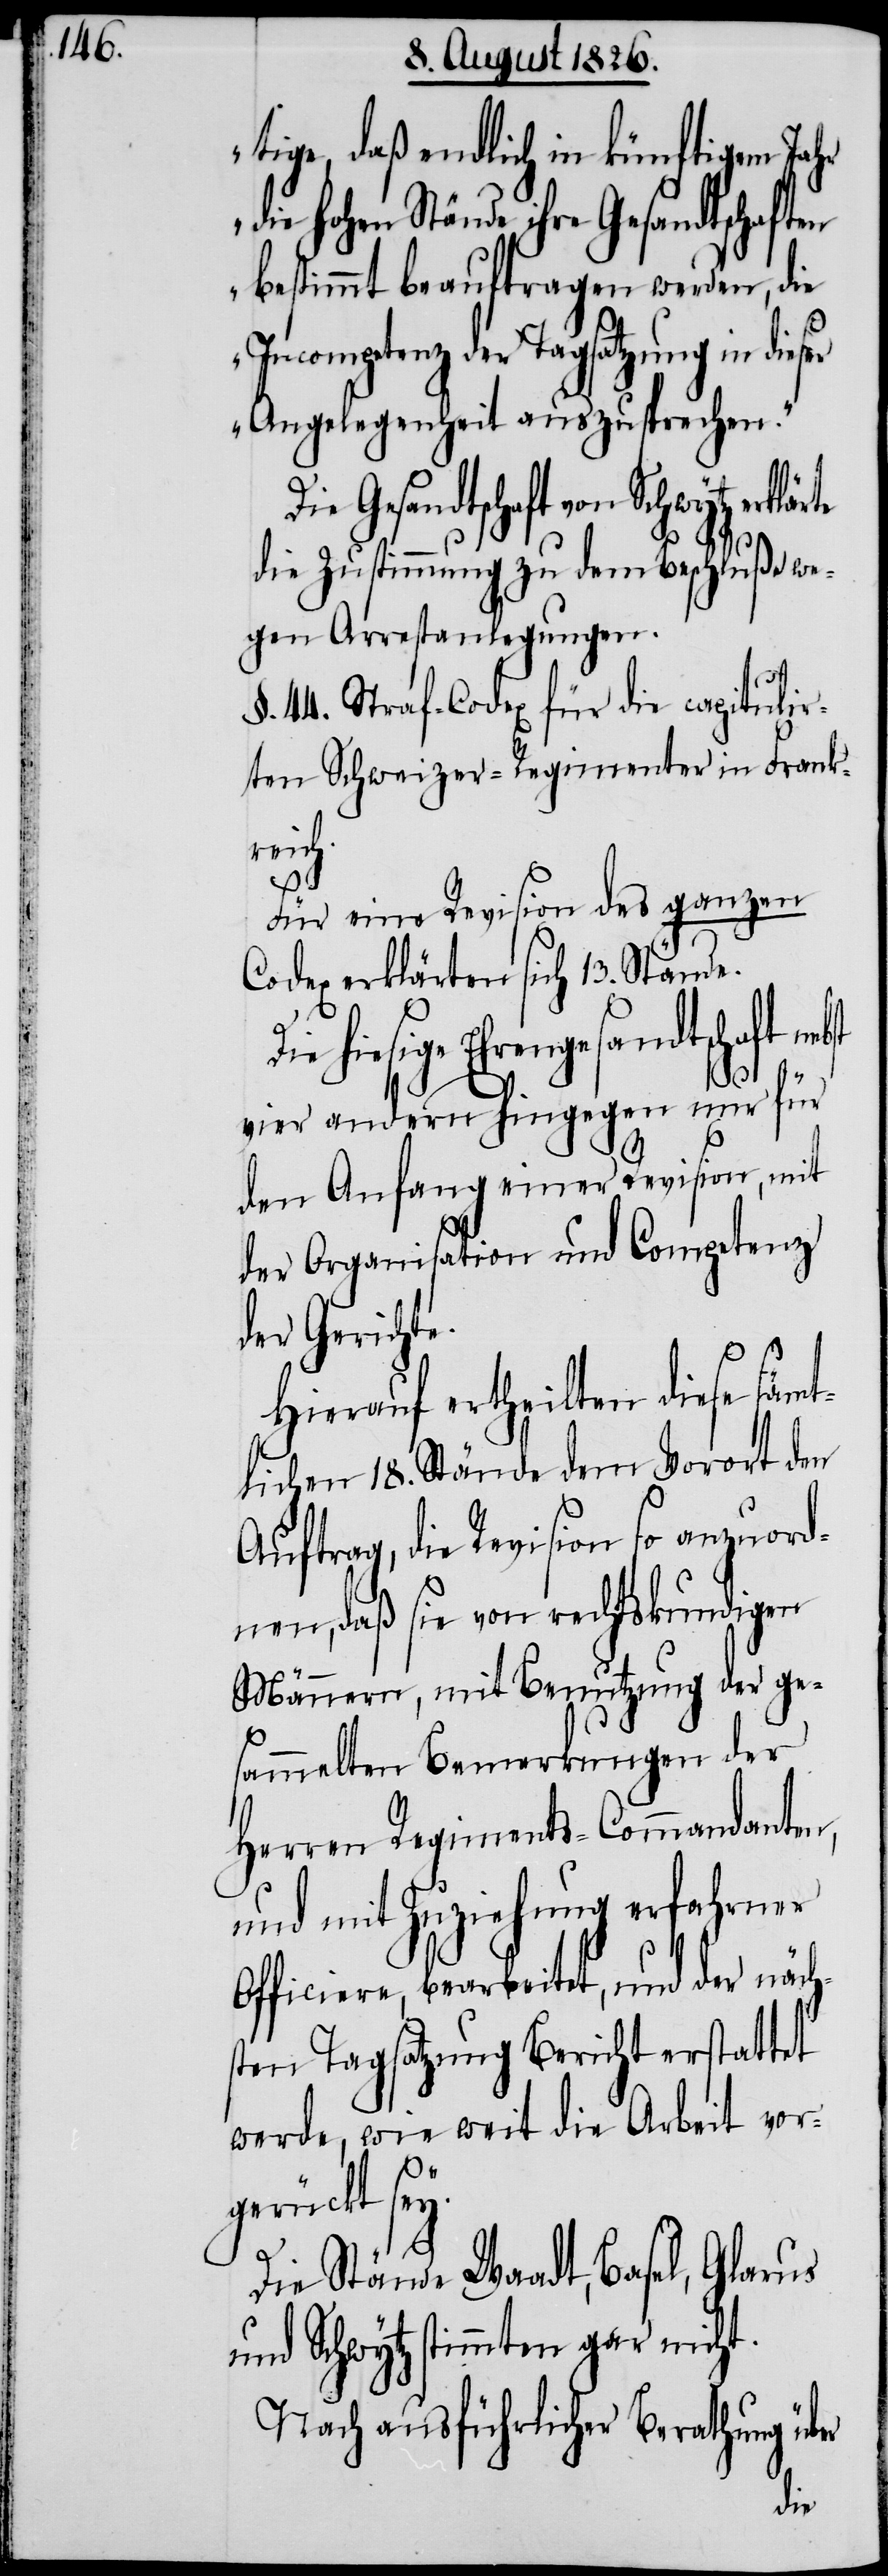
tige, daß endlich in künftigem Jahr
die hohen Stände ihre Gesandtschaften
bestimmt beauftragen werden, die
Incompetenz der Tagsatzung in dieser
Angelegenheit auszusprechen.“
Die Gesandtschaft von Schwytz
die Zustimmung zu dem Beschluße we¬
gen Arrestanlegungen.
§. 44. Straf-Codex für die capitulir¬
ten Schweizer-Regimenter in Frankr¬
eich.
Für eine Revision des ganzen
Codex erklärten sich 13. Stände.
Die hiesige Ehrengesandtschaft nebst
vier andern hingegen nur für
den Anfang einer Revision, mit
der Organisation und Competenz
der Gericht¬
Hierauf ertheilten diese sämt¬
lichen 18. Stände dem Vorort den
Auftrag, die Revision so anzuord¬
nen, daß sie von rechtskundigen
Männern, mit Benutzung der ge¬
sammelten Bemerkungen der
Herren Regiments-Commandanten,
und mit Zuziehung erfahrener
Officiere, bearbeitet, und der näch¬
sten Tagsatzung Bericht erstattet
werde, wie weit die Arbeit vor¬
y.
gerückt se¬
Die Stände Waadt, Basel, Glarus
und Schwytz stimmten gar nicht.
Nach ausführlicher Berathung über